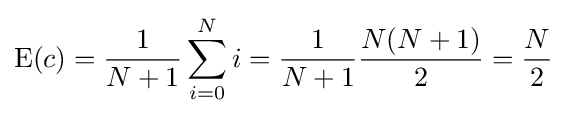
\operatorname {E} (c)={\frac {1}{N+1}}\sum _{i=0}^{N}i={\frac {1}{N+1}}{\frac {N(N+1)}{2}}={\frac {N}{2}}